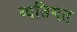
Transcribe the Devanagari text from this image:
व्यतिगत